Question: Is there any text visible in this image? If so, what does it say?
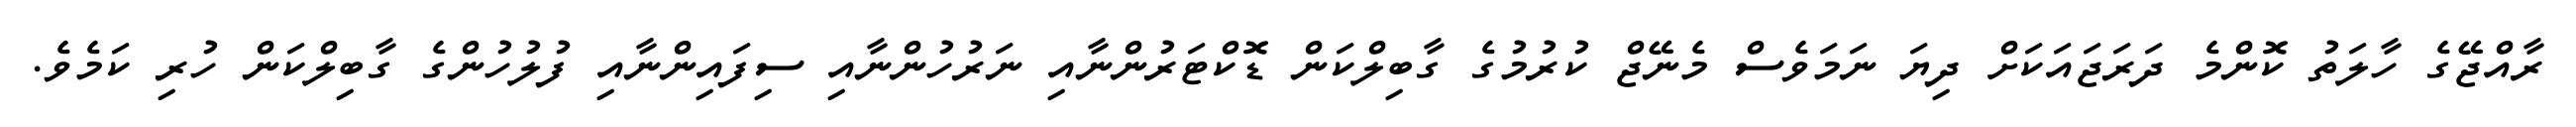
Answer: ރާއްޖޭގެ ހާލަތު ކޮންމެ ދަރަޖައަކަށް ދިޔަ ނަމަވެސް މެނޭޖް ކުރުމުގެ ގާބިލްކަން ޑޮކްޓަރުންނާއި ނަރުހުންނާއި ސިފައިންނާއި ފުލުހުންގެ ގާބިލްކަން ހުރި ކަމެވެ.